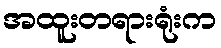
အထူးတရားရုံးက